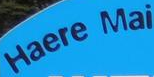
Haere Mai